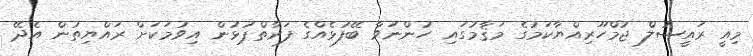
މިއީ ރައީސުލް ޖުމްހޫރިއްޔާކަމުގެ މަޤާމުގައި ހުންނަވާ ބޭފުޅެއްގެ ފަރާތްޕުޅުން އިވުމަކަށް ރައްޔިތުން އެދޭ